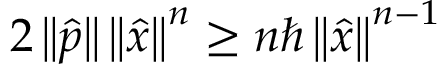
2 \left\| { \hat { p } } \right\| \left\| { \hat { x } } \right\| ^ { n } \geq n \hbar \left\| { \hat { x } } \right\| ^ { n - 1 }